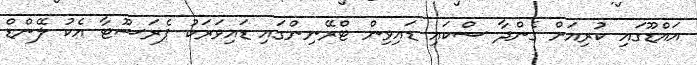
އައްޑޫގައި ކުރިއަށް ގެންދާ ސްކައި ޑައިވިން ޓްރޭނިންގައި ޑައިވަރަކު ޕެރަޝޫޓާ އެކު ލޭންޑް